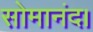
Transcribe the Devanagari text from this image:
सोमानंद।